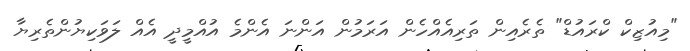
"މިއުޒިކް ކްރައުޑް" ތެރެއިން ތަރިއެއްހެން އަރަމުން އަންނަ އެންމެ އުއްމީދީ އެއް ލަވަކިޔުންތެރިޔާ